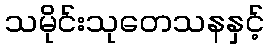
သမိုင်းသုတေသနနှင့်